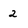
Character: 2